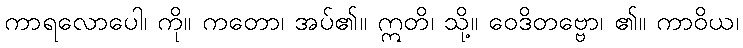
ကာရလောပေါ၊ ကို။ ကတော၊ အပ်၏။ ဣတိ၊ သို့။ ဝေဒိတဗ္ဗော၊ ၏။ ကာဝိယ၊